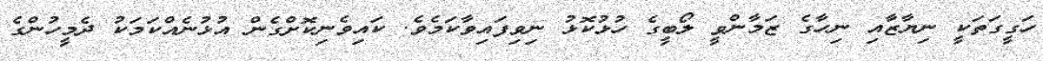
ހަގީގަތަކީ ނިޔާޒާއި ނިހާގެ ޒަމާންވީ ލޯބީގެ ހުޅުކޮޅު ނިވިފައިވާކަމެވެ. ކައިވެނިކޮށްގެން އުޅުނެއްކަމަކު ދެމީހުންގެ